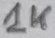
Text: 1K